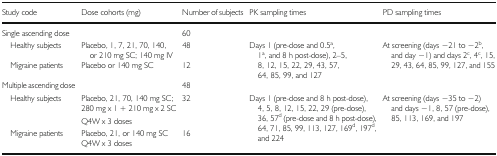
<table><thead><tr><td><b>Study code</b></td><td><b>Dose cohorts (mg)</b></td><td><b>Number of subjects</b></td><td><b>PK sampling times</b></td><td><b>PD sampling times</b></td></tr></thead><tbody><tr><td>Single ascending dose</td><td></td><td>60</td><td></td><td></td></tr><tr><td> Healthy subjects</td><td>Placebo, 1, 7, 21, 70, 140, or 210 mg SC; 140 mg IV</td><td>48</td><td rowspan="2">Days 1 (pre-dose and 0.5<sup>a</sup>, 1<sup>a</sup>, and 8 h post-dose), 2–5, 8, 12, 15, 22, 29, 43, 57, 64, 85, 99, and 127</td><td rowspan="2">At screening (days −21 to −2<sup>b</sup>, and day −1) and days 2<sup>c</sup>, 4<sup>c</sup>, 15, 29, 43, 64, 85, 99, 127, and 155</td></tr><tr><td> Migraine patients</td><td>Placebo or 140 mg SC</td><td>12</td></tr><tr><td>Multiple ascending dose</td><td></td><td>48</td><td></td><td></td></tr><tr><td rowspan="3"> Healthy subjects</td><td>Placebo, 21, 70, 140 mg SC;</td><td rowspan="3">32</td><td rowspan="5">Days 1 (pre-dose and 8 h post-dose), 4, 5, 8, 12, 15, 22, 29 (pre-dose), 36, 57<sup>d</sup> (pre-dose and 8 h post-dose), 64, 71, 85, 99, 113, 127, 169<sup>d</sup>, 197<sup>d</sup>, and 224</td><td rowspan="5">At screening (days −35 to −2) and days −1, 8, 57 (pre-dose), 85, 113, 169, and 197</td></tr><tr><td>280 mg x 1 + 210 mg x 2 SC</td></tr><tr><td>Q4W x 3 doses</td></tr><tr><td rowspan="2"> Migraine patients</td><td>Placebo, 21, or 140 mg SC</td><td rowspan="2">16</td></tr><tr><td>Q4W x 3 doses</td></tr></tbody></table>